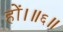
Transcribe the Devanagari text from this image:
हों।॥६॥